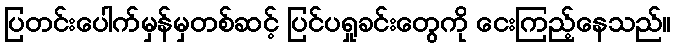
ပြတင်းပေါက်မှန်မှတစ်ဆင့် ပြင်ပရှုခင်းတွေကို ငေးကြည့်နေသည်။